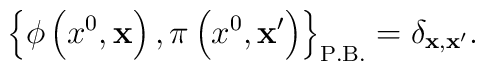
\left\{\phi\left(x^0,{\bf x}\right),\pi\left(x^0,{\bf x'}\right)\right\}_{\rm P.B.}=\delta_{{\bf x},{\bf x'}}.